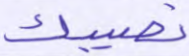
نصيبك